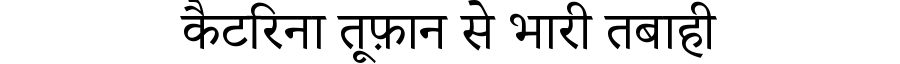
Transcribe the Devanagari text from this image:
कैटरिना तूफ़ान से भारी तबाही